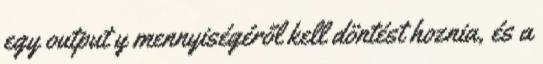
egy output y mennyiségéről kell döntést hoznia, és a